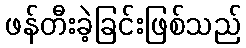
ဖန်တီးခဲ့ခြင်းဖြစ်သည်